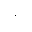
^ ,